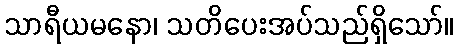
သာရီယမနော၊ သတိပေးအပ်သည်ရှိသော်။